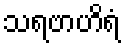
သရဗာဟိရံ